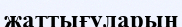
жаттығуларын